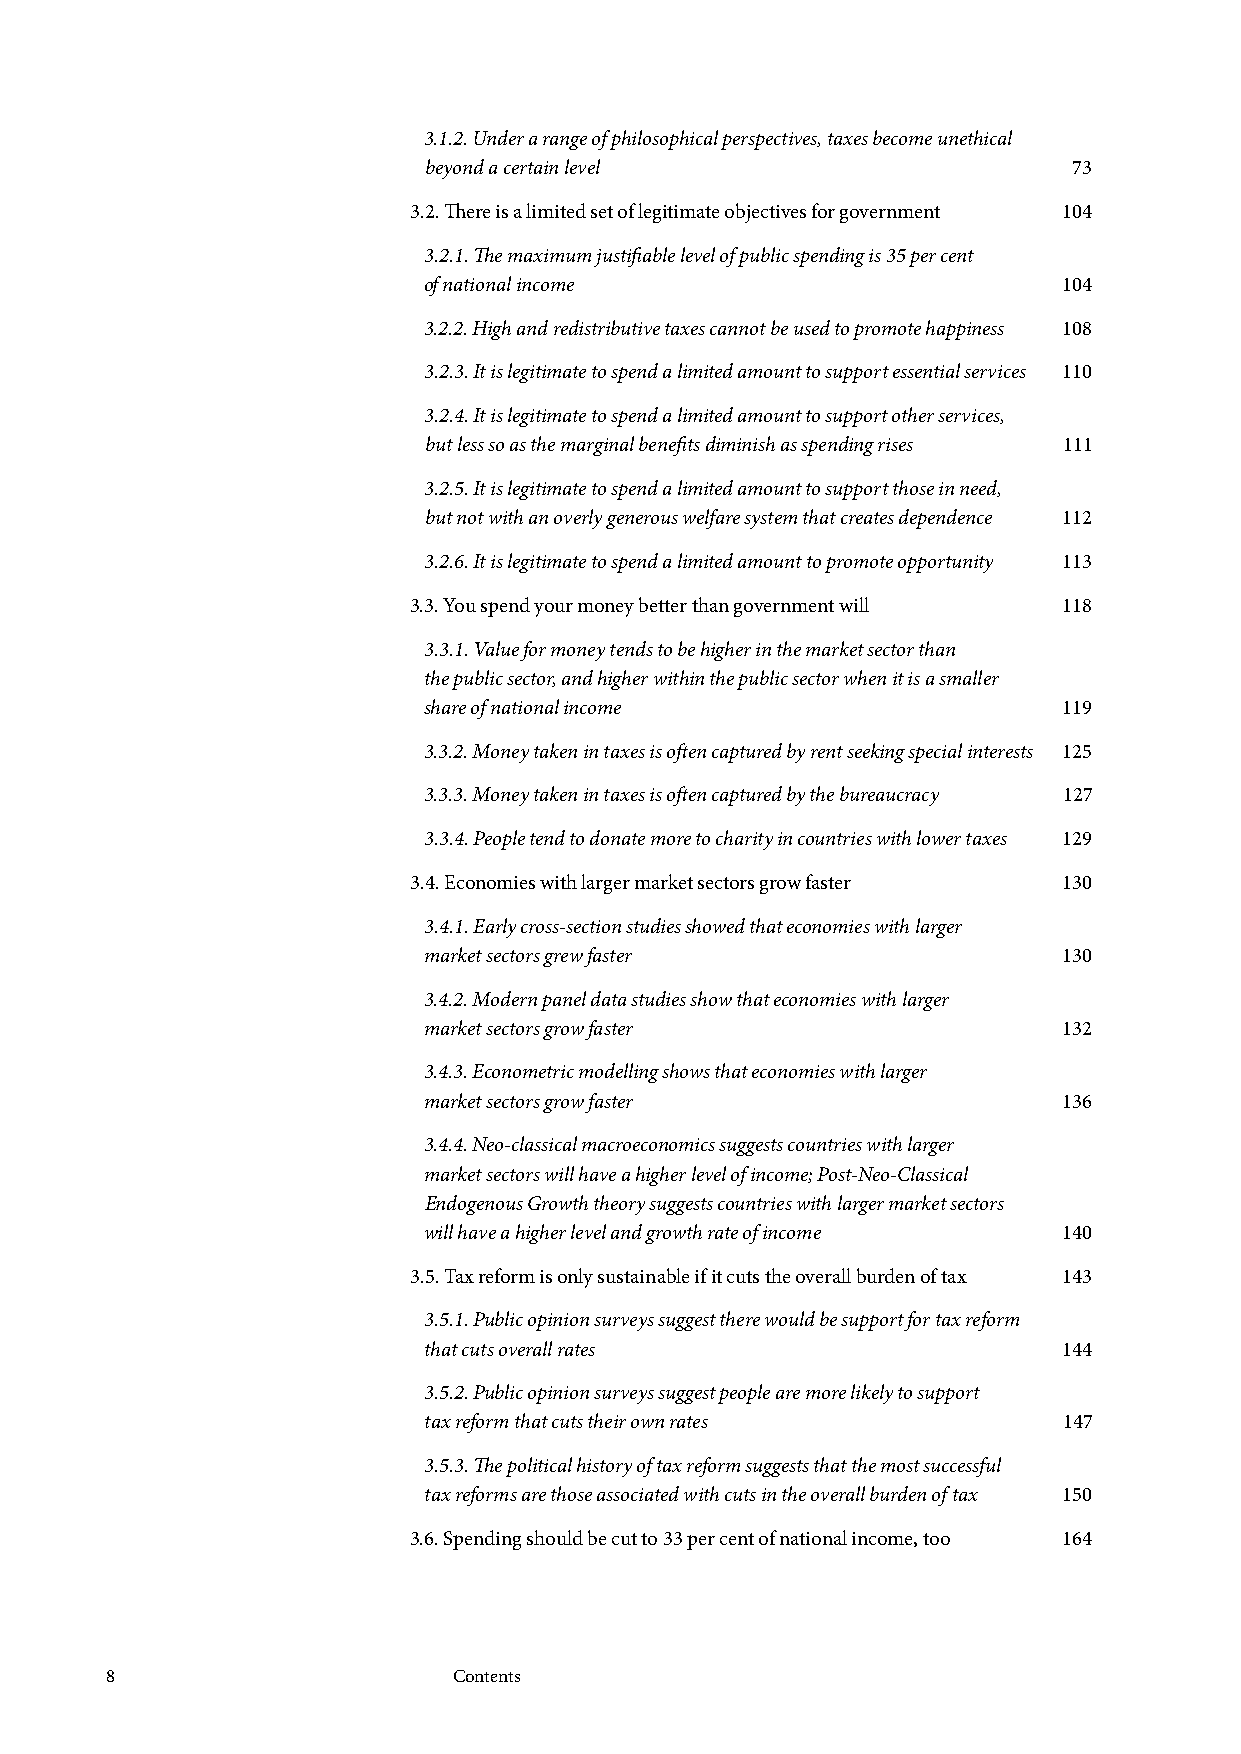
3.1.2. Under a range of philosophical perspectives, taxes become unethical
 beyond a certain level                     73
 3.2. There is a limited set of legitimate objectives for government 104
 3.2.1. The maximum justifiable level of public spending is 35 per cent
 of national income                        104
 3.2.2. High and redistributive taxes cannot be used to promote happiness 108
 3.2.3. It is legitimate to spend a limited amount to support essential services 110
 3.2.4. It is legitimate to spend a limited amount to support other services,
 but less so as the marginal benefits diminish as spending rises 111
 3.2.5. It is legitimate to spend a limited amount to support those in need,
 but not with an overly generous welfare system that creates dependence 112
 3.2.6. It is legitimate to spend a limited amount to promote opportunity 113
 3.3. You spend your money better than government will 118
 3.3.1. Value for money tends to be higher in the market sector than
 the public sector, and higher within the public sector when it is a smaller
 share of national income                  119
 3.3.2. Money taken in taxes is often captured by rent seeking special interests 125
 3.3.3. Money taken in taxes is often captured by the bureaucracy 127
 3.3.4. People tend to donate more to charity in countries with lower taxes 129
 3.4. Economies with larger market sectors grow faster 130
 3.4.1. Early cross-section studies showed that economies with larger
 market sectors grew faster                130
 3.4.2. Modern panel data studies show that economies with larger
 market sectors grow faster                132
 3.4.3. Econometric modelling shows that economies with larger
 market sectors grow faster                136
 3.4.4. Neo-classical macroeconomics suggests countries with larger
 market sectors will have a higher level of income; Post-Neo-Classical
 Endogenous Growth theory suggests countries with larger market sectors
 will have a higher level and growth rate of income 140
 3.5. Tax reform is only sustainable if it cuts the overall burden of tax 143
 3.5.1. Public opinion surveys suggest there would be support for tax reform
 that cuts overall rates                   144
 3.5.2. Public opinion surveys suggest people are more likely to support
 tax reform that cuts their own rates      147
 3.5.3. The political history of tax reform suggests that the most successful
 tax reforms are those associated with cuts in the overall burden of tax 150
 3.6. Spending should be cut to 33 per cent of national income, too 164
 8                      Contents